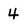
Character: 4